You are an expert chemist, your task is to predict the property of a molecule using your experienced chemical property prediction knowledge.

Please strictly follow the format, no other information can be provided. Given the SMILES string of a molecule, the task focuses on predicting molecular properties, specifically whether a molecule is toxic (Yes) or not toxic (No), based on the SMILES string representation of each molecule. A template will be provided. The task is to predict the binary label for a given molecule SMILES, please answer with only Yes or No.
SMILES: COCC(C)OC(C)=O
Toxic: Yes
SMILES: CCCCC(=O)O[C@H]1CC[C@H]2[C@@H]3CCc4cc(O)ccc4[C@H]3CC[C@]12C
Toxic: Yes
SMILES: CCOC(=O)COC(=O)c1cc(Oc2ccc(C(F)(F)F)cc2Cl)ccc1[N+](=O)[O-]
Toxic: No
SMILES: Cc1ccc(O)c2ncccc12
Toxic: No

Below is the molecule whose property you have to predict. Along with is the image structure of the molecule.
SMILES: Cc1ccc(C(=O)c2ccccc2)cc1
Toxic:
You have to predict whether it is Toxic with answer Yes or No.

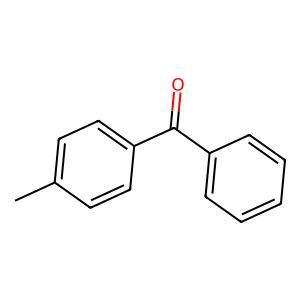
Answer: No